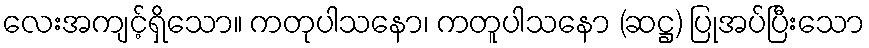
လေးအကျင့်ရှိသော။ ကတုပါသနော၊ ကတူပါသနော (ဆဋ္ဌ) ပြုအပ်ပြီးသော